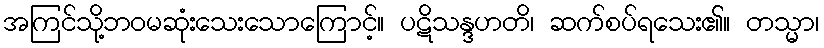
အကြင်သို့ဘဝမဆုံးသေးသောကြောင့်။ ပဋိသန္ဒဟတိ၊ ဆက်စပ်ရသေး၏။ တသ္မာ၊